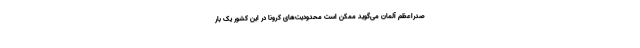
صدراعظم آلمان می‌گوید ممکن است محدودیت‌های کرونا در این کشور یک بار